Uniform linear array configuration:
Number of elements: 24
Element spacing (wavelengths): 0.5
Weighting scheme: exponential
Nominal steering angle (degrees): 15
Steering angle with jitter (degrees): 15.916
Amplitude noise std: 0.05
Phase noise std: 0.05

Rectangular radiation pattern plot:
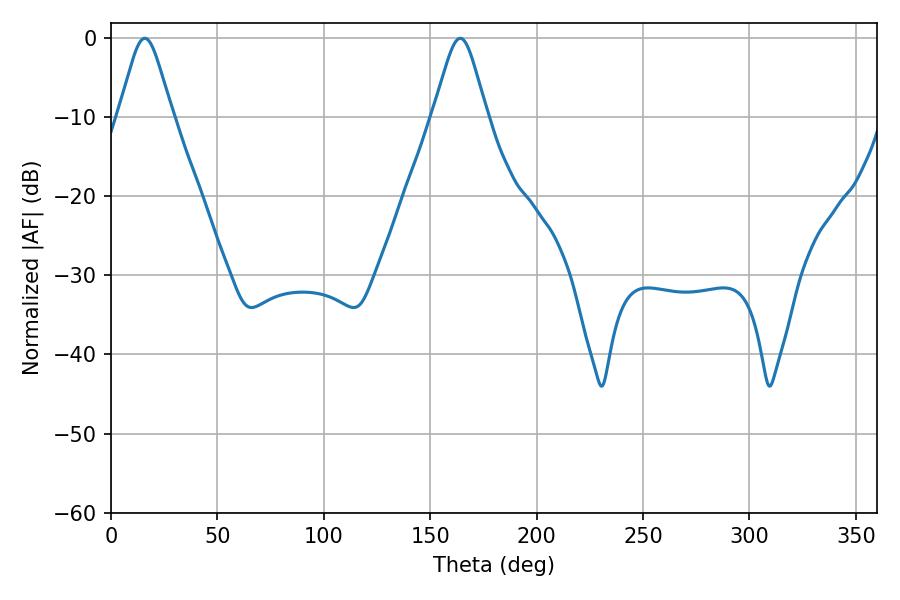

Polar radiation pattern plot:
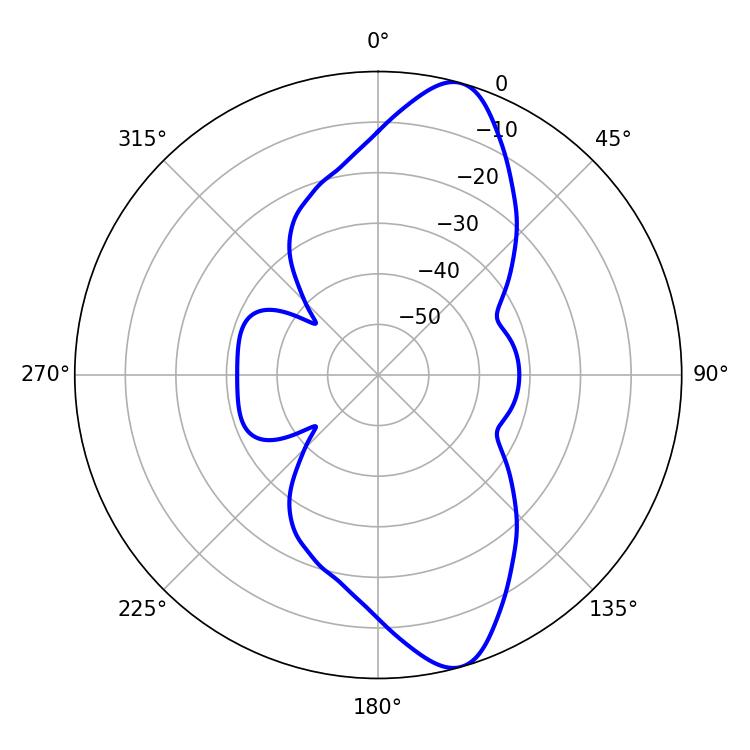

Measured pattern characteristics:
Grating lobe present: FALSE
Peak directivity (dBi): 11.53
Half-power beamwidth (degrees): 12.06
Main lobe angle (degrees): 15.84